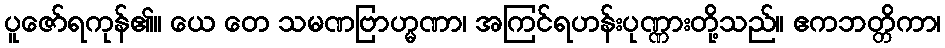
ပူဇော်ရကုန်၏။ ယေ တေ သမဏဗြာဟ္မဏာ၊ အကြင်ရဟန်းပုဏ္ဏားတို့သည်။ ဧကဘတ္တိကာ၊